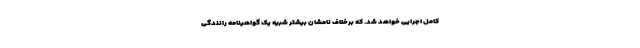
کامل اجرایی خواهد شد. که برخلاف نامشان بیشتر شبیه یک گواهینامه رانندگی